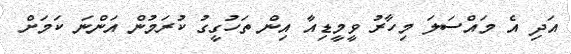
އަދި އެ މައްސަލަ މިހާރު ވީމީޑިއާ އިން ތަހުގީގު ކުރަމުން އަންނަ ކަމަށް